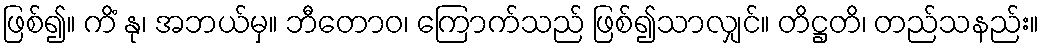
ဖြစ်၍။ ကိံ နု၊ အဘယ်မှ။ ဘီတောဝ၊ ကြောက်သည် ဖြစ်၍သာလျှင်။ တိဋ္ဌတိ၊ တည်သနည်း။